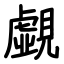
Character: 覷